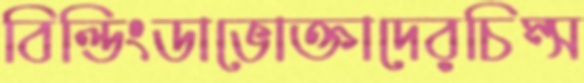
বিল্ডিংডাভোক্তাদেরচিম্‌স